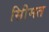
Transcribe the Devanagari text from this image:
सीिमत